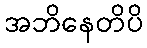
အဘိနေတိပိ